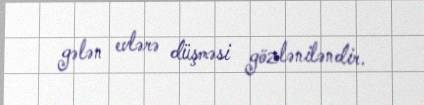
gələn evlərə düşməsi gözləniləndir.